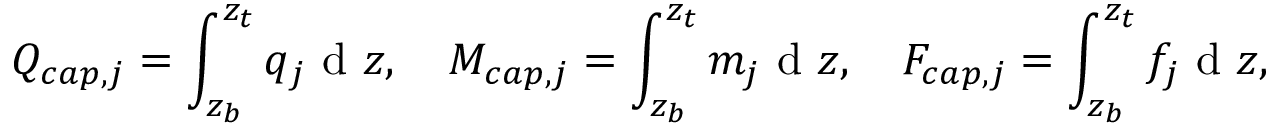
Q _ { c a p , j } = \int _ { z _ { b } } ^ { z _ { t } } q _ { j } \textnormal { d } z , \quad M _ { c a p , j } = \int _ { z _ { b } } ^ { z _ { t } } m _ { j } \textnormal { d } z , \quad F _ { c a p , j } = \int _ { z _ { b } } ^ { z _ { t } } f _ { j } \textnormal { d } z ,